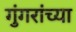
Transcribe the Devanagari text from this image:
गुंगरांच्या